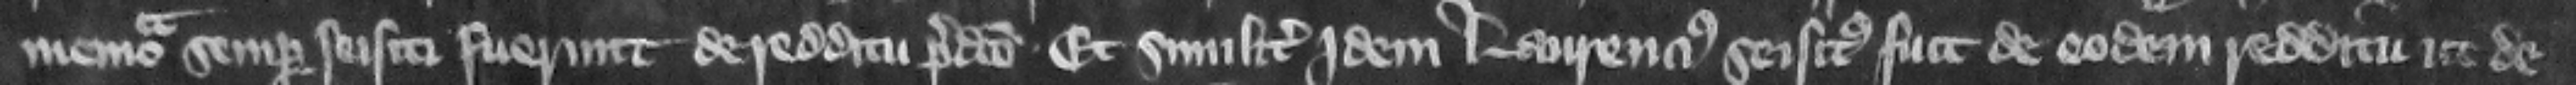
memoria semper seisiti fuerunt de redditu predicto et similiter idem Laurencius seisitus fuit de eodem redditu ut de